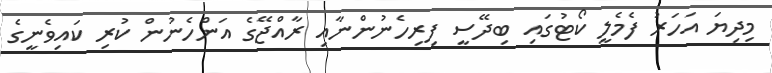
މިދިޔަ އަހަރު ފެމެލީ ކޯޓުގައި ބިދޭސީ ފިރިހެނުންނާއި ރާއްޖޭގެ އަންހެނުން ކުރި ކައިވެނީގެ